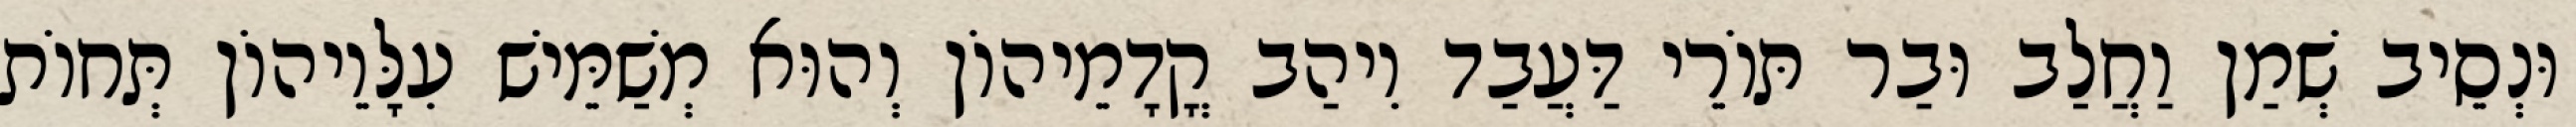
וּנְסֵיב שְׁמַן וַחֲלַב וּבַר תּוֹרֵי דַּעֲבַד וִיהַב קֳדָמֵיהוֹן וְהוּא מְשַׁמֵּישׁ עִלָּוֵיהוֹן תְּחוֹת